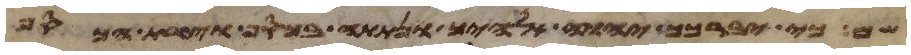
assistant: שם כי יברכך יהוה אלהיך ונתתה בכסף וצרת הכסף